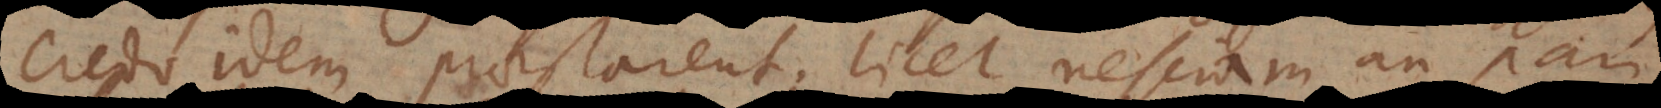
credo idem praestarent, licet nesciam an pari